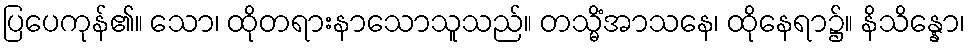
ပြပေကုန်၏။ သော၊ ထိုတရားနာသောသူသည်။ တသ္မိံအာသနေ၊ ထိုနေရာ၌။ နိသိန္နော၊